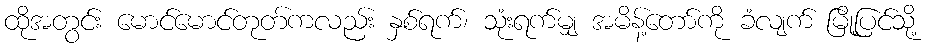
ထိုအတွင်း မောင်မောင်တုတ်ကလည်း နှစ်ရက်၊ သုံးရက်မျှ အမိန့်တော်ကို ခံလျက် မြို့ပြင်သို့